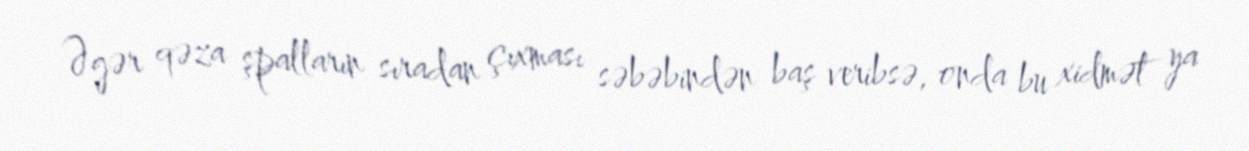
Əgər qəza şpalların sıradan çıxması səbəbindən baş veribsə, onda bu xidmət ya